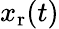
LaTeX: x_{\mathrm{r}}(t)